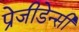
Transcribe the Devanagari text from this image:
प्रेजीडेन्सी